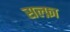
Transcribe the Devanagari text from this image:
सल्फ़ा